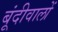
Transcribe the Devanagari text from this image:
बूंदीवालों